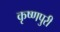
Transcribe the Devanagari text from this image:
कृष्णपुरी